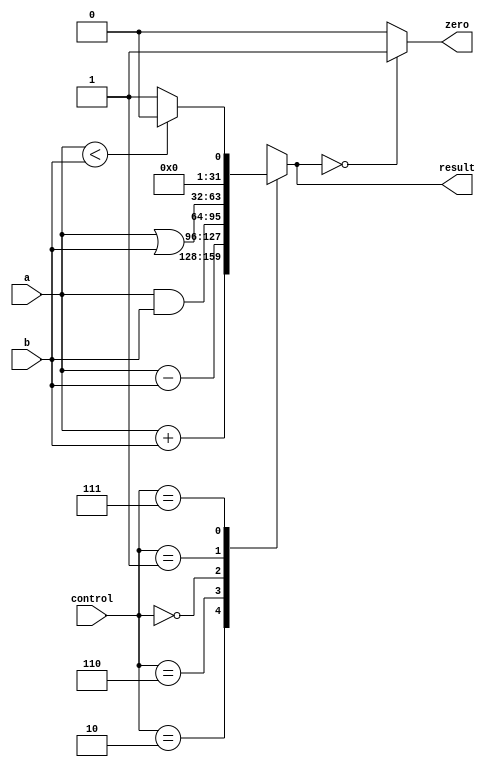
/* alu.v  */
module alu(
    input	wire	[31:0]	a,
    input	wire	[31:0]	b,
    input	wire	[2:0]	control,
    output	reg	[31:0]	result,
    output	wire		zero
    );

	parameter	ALUadd	= 3'b010,
			ALUsub	= 3'b110,
			ALUand	= 3'b000,
			ALUor	= 3'b001,
			ALUslt	= 3'b111;
					
					
	
	// Handles negative inputs
	wire sign_mismatch;
	assign sign_mismatch = 1;
	
	initial
		result <= 0;
	
	always@*
		case(control)
			ALUadd:			result = a + b;
			ALUsub:			result = a - b;
			ALUand:			result = a & b;
			ALUor:			result = a | b;
			ALUslt:			result = a < b ? 1 - sign_mismatch : 0 + sign_mismatch;			
			default:		result = 32'bX;	// control = ALUx | *
		endcase
		
		assign zero = (result == 0) ? 1 : 0; 
		/*check to see if result is equal to zero. if it is assign it true (1). 
		if it isn't assign it false (0). Complete this line using a turnary operator. 
		If you don't know what that is then Google it. */
		
endmodule

//If the input information does not correspond to any valid instruction,
//aluop = 2'b11 which sets control = ALUx = 3'b011 
//and ALU output is 32 x's as required by lab manual.